French assistants in Scottish schools and training centres, 1920
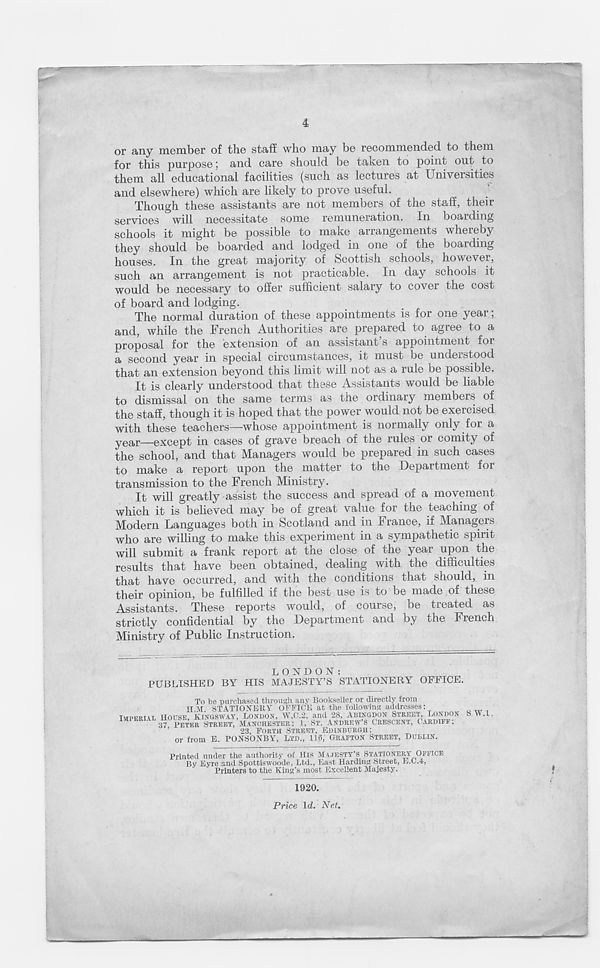
4
or any member of the staff who may be recommended to them
for this purpose; and care should be taken to point out to
them all educational facilities (such as lectures at Universities
and elsewhere) which are likely to prove useful.
Though these assistants are not members of the staff, their
services °will necessitate some remuneration. In boarding
schools it might be possible to make arrangements whereby
they should be boarded and lodged in one of the boarding
houses. In the great majority of Scottish schools, however,
such an arrangement is not practicable. In day schools it
would be necessary to offer sufficient salary to cover the cost
of board and lodging.
The normal duration of these appointments is for one year;
and, while the French Authorities are prepared to agree to a
proposal for the extension of an assistant’s appointment for
a second year in special circumstances, it must be understood
that an extension beyond this limit will not as a rule be possible.
It is clearly understood that these Assistants would be liable
to dismissal on the same terms as the ordinary members of
the staff, though it is hoped that the power would not be exercised
with these teachers—whose appointment is normally only for a
y ea)r —except in cases of grave breach of the rules or comity of
the school, and that Managers would be prepared in such cases
to make a report upon the matter to the Department for
transmission to the French Ministry.
It will greatly assist the success and spread of a movement
which it is believed may be of great value for the teaching of
Modern Languages both in Scotland and in France, if Managers
who are willing to make this experiment in a sympathetic spirit
will submit a frank report at the close of the year upon the
results that have been obtained, dealing .with the difficulties
that have occurred, and with the conditions that should, in
their opinion, be fulfilled if the best use is to be made of these
Assistants. These reports would, of course, be treated as
strictly confidential by the Department and by the French
Ministry of Public Instruction.
LONDON:
PUBLISHED BY HIS MAJESTY’S STATIONERY OFFICE.
To be purchased through any Bookseller or directly from
H M ST 4.TIONEBY OFFICE at the following addresses:
IMPERIAL HOUSE, klNGSWAY, LONDON, W.C.2, and 28, ABINGDON STREET, LONDON S V .1.
37 PETER STREET, MANCHESTER; 1, ST. ANDREWS CRESCENT, CARDIFF;
23, FORTH STREET, EDINBURGH;
or from E. PONSONBY, LTD., 116,' GRAFTON STREET, DUBLIN.
Printed under the authority of His MAJESTY’S STATIONERY OFFICE
By Eyre and Spottiswoode, Ltd., East Harding Street, E.C.4,
Printers to the King’s most Excellent Majesty.
1920.
Price Id. Net.